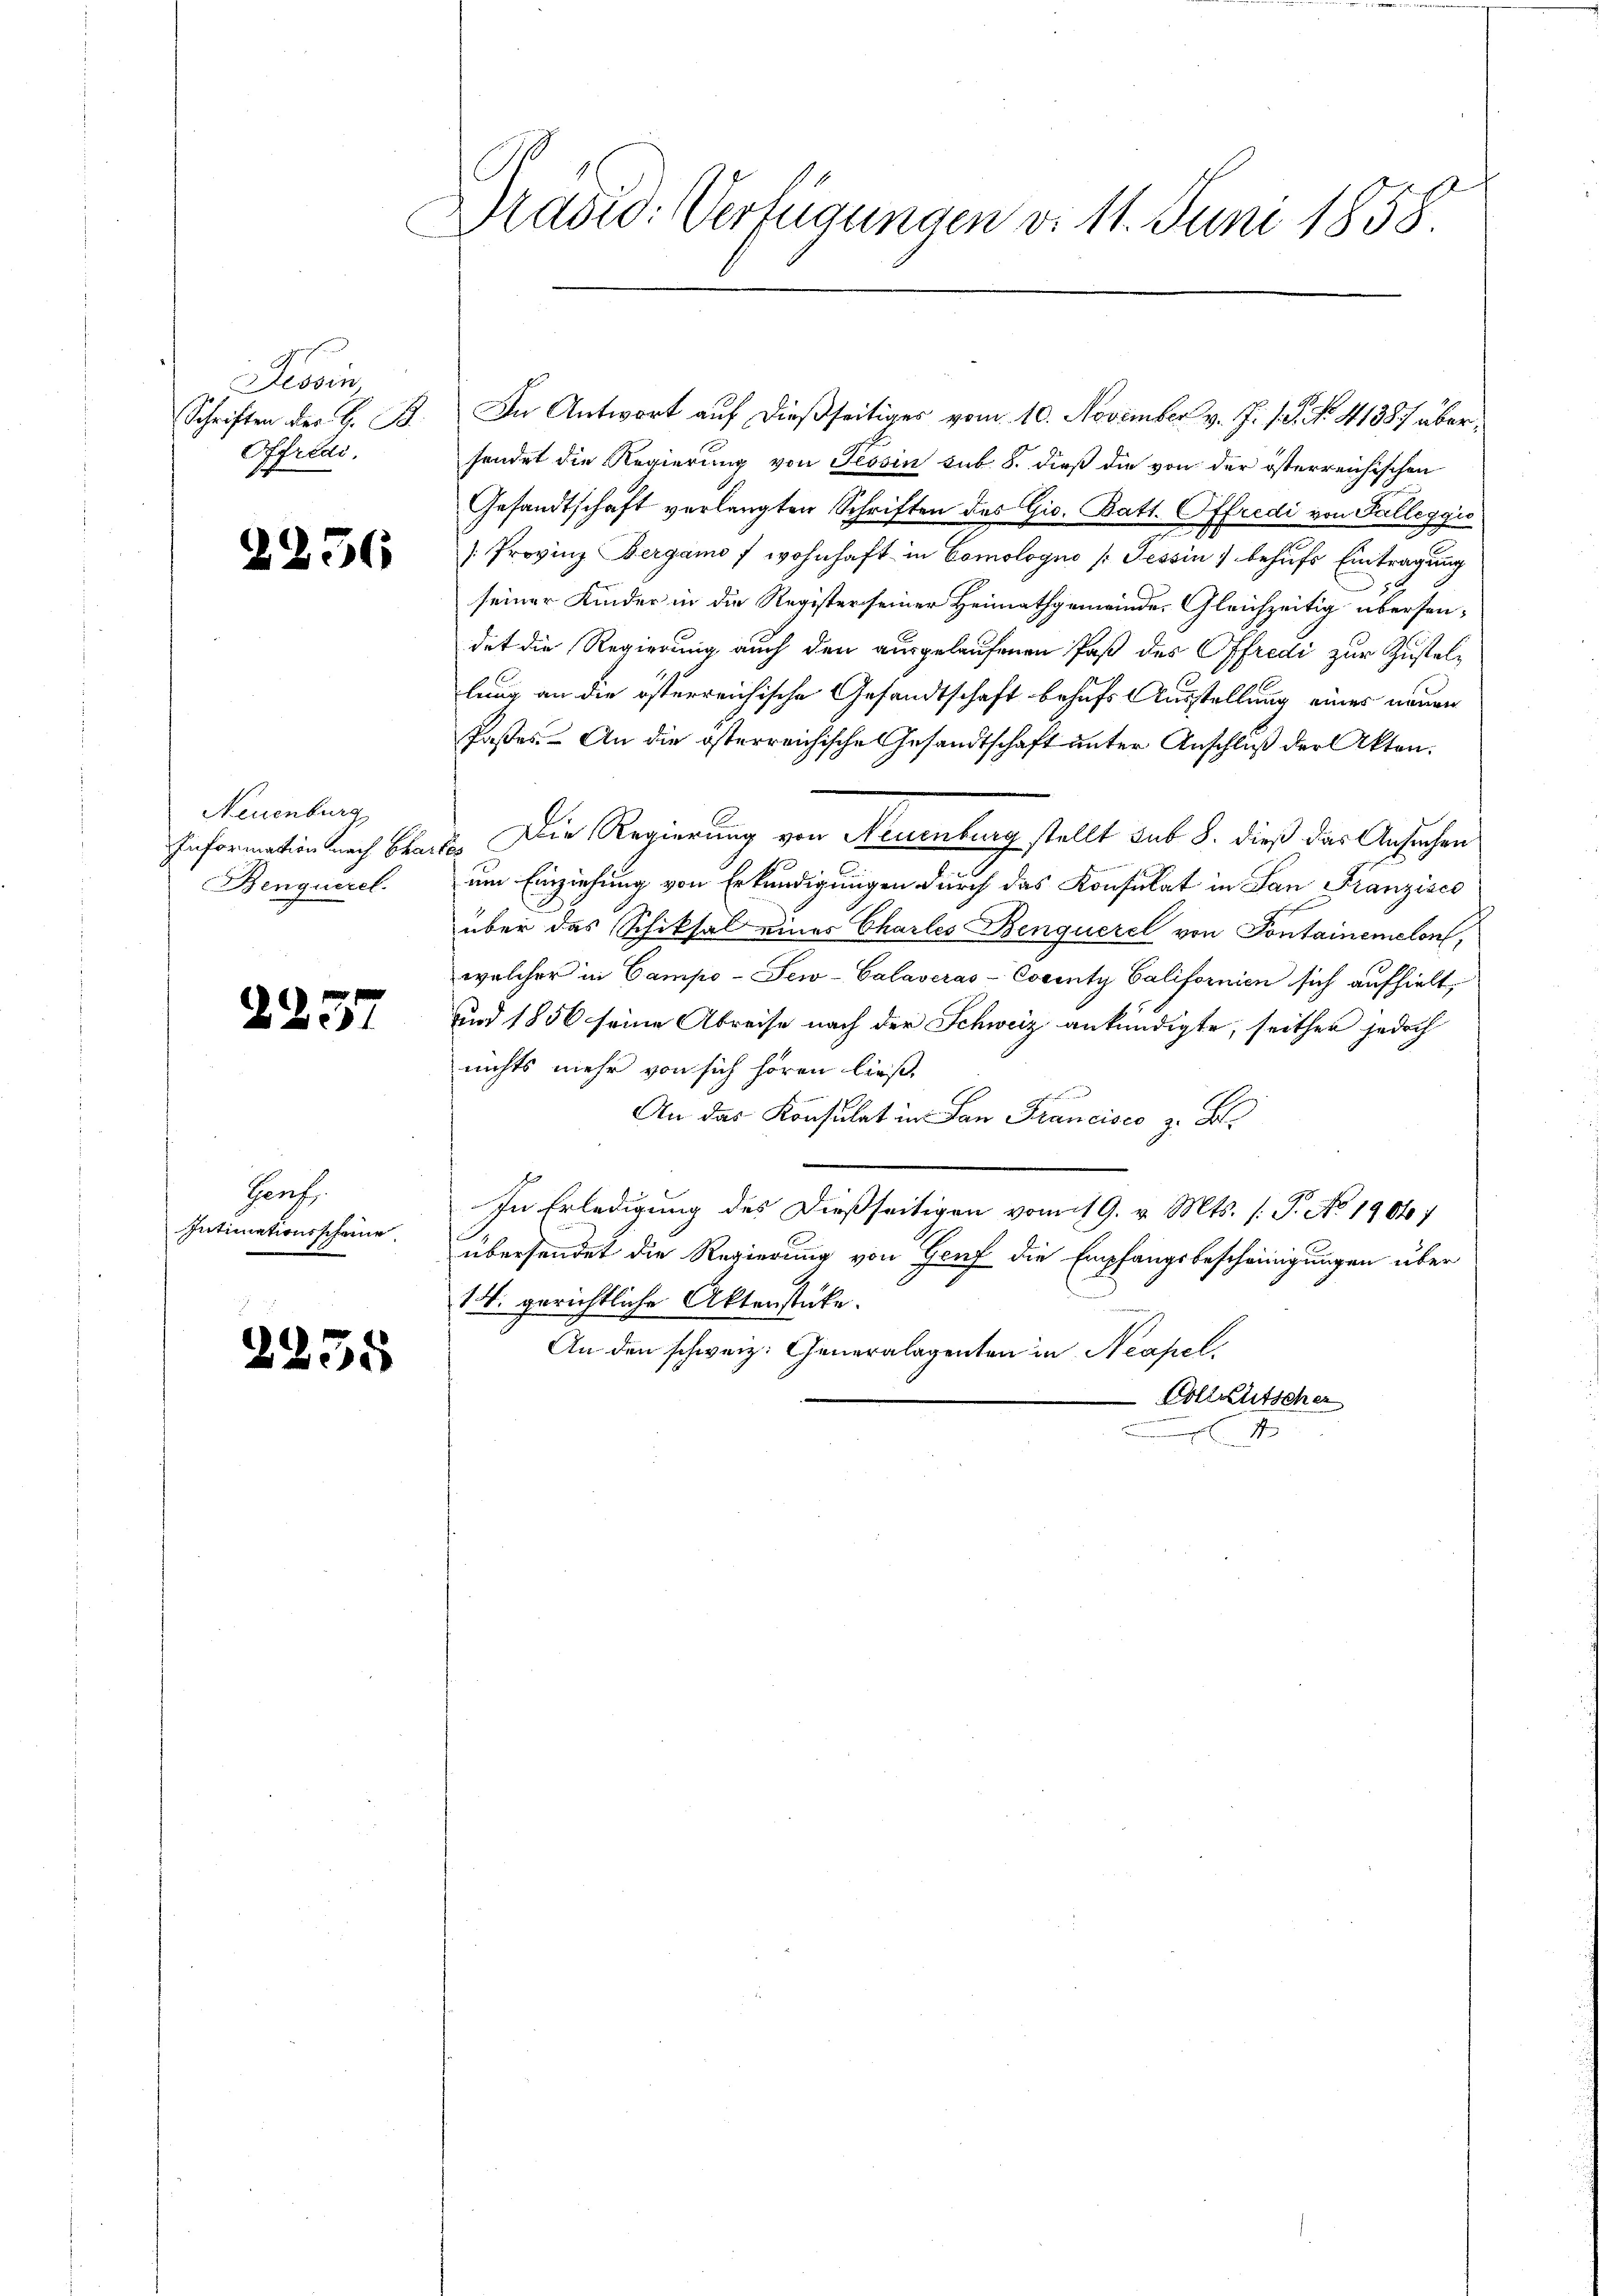
Tessin
Schriften der H. B.
Offredi

d

2257

Genf.
Intimationsscheine

227

2236

Neuenburg
Information nach Char
Benquerel.

8

Präsid. Verfügungen d. 11. Juni 1858

In Antwort auf dießseitiges vom 10. November v. J. J. P. Nr. 41387 übersendet die Regierung von Tessin sub. 8. dieß die von der österreichischen
Gesandtschaft verlangten Schriften des Gis. Batt. Offredi von Falleggio
/Provinz Bergamo f wohnhaft in Comologi /: Tessin behufs Eintragung
seiner Kinder in die Register seiner Heimathgemeinde Gleichzeitig übersendet die Regierung auch den ausgelaufenen Paß des Offredi zur Zustellung an die österreichische Gesandtschaft behufs Ausstellung eines neuen
Paßes. An die österreichische Gesandtschaft unter Anschluß der Akten.
2. Die Regierung von Neuenburg stellt sub 8. dieß das Ansuchen
um Einziehung von Erkundigungen durch das Konsulat in San Franzisco
über das Schiksal eines Charles Benquerel von Sontainemelon,
welcher in Campo-Sew-Calaveras- Cocenty Californien sich aufhielt,
und 1856 seine Abreise nach der Schweiz ankündigte, seither jedoch
nichts mehr von sich hören ließ.
An das Konsulat in San Francisco z. B.
In Erledigung des dießseitigen vom 19. v. Mts. (T. No 1906/
übersendet die Regierung von Genf die Empfangsbescheinigungen über
14. gerichtliche Aktenstücke.
An den schweiz. Generalagenten in Neapel
Vollkutscher
1